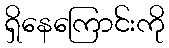
ရှိနေကြောင်းကို